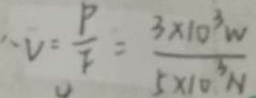
V = \frac { P } { F } = \frac { 3 \times 1 0 ^ { 3 } W } { 5 \times 1 0 ^ { 3 } N }